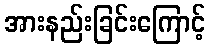
အားနည်းခြင်းကြောင့်